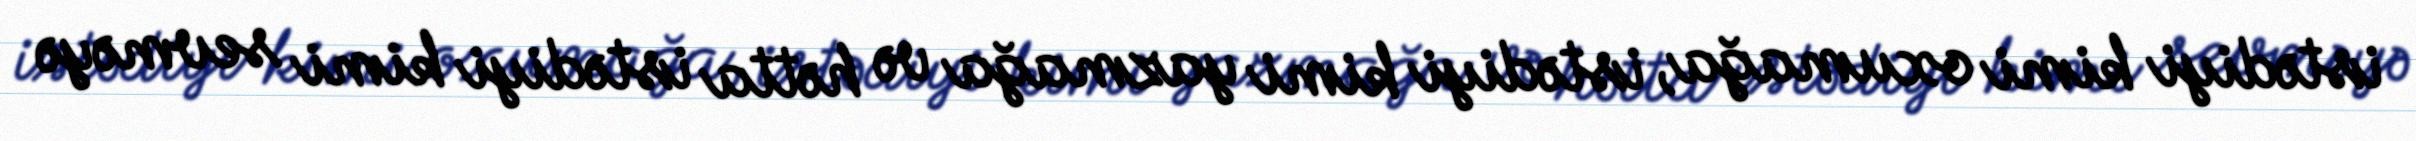
istədiyi kimi oxumağa, istədiyi kimi yazmağa və hətta istədiyi kimi sevməyə